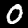
Digit: 0